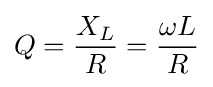
Q={\frac {X_{L}}{R}}={\frac {\omega L}{R}}